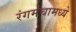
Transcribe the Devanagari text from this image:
रंगमंचामध्ये